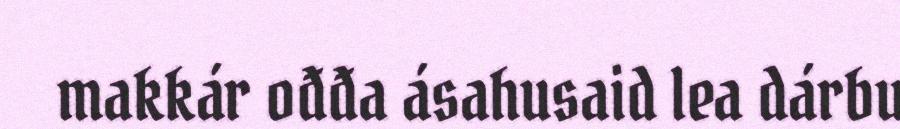
makkár ođđa ásahusaid lea dárbu